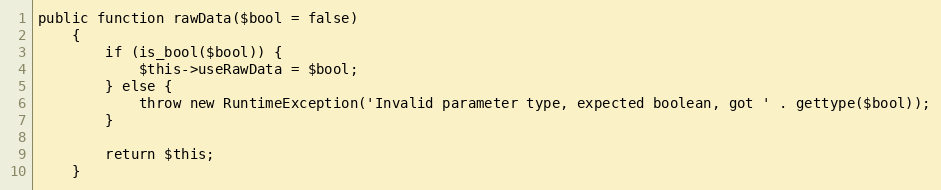
Language: PHP
public function rawData($bool = false)
	{
		if (is_bool($bool)) {
			$this->useRawData = $bool;
		} else {
			throw new RuntimeException('Invalid parameter type, expected boolean, got ' . gettype($bool));
		}

		return $this;
	}